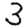
Digit: 3